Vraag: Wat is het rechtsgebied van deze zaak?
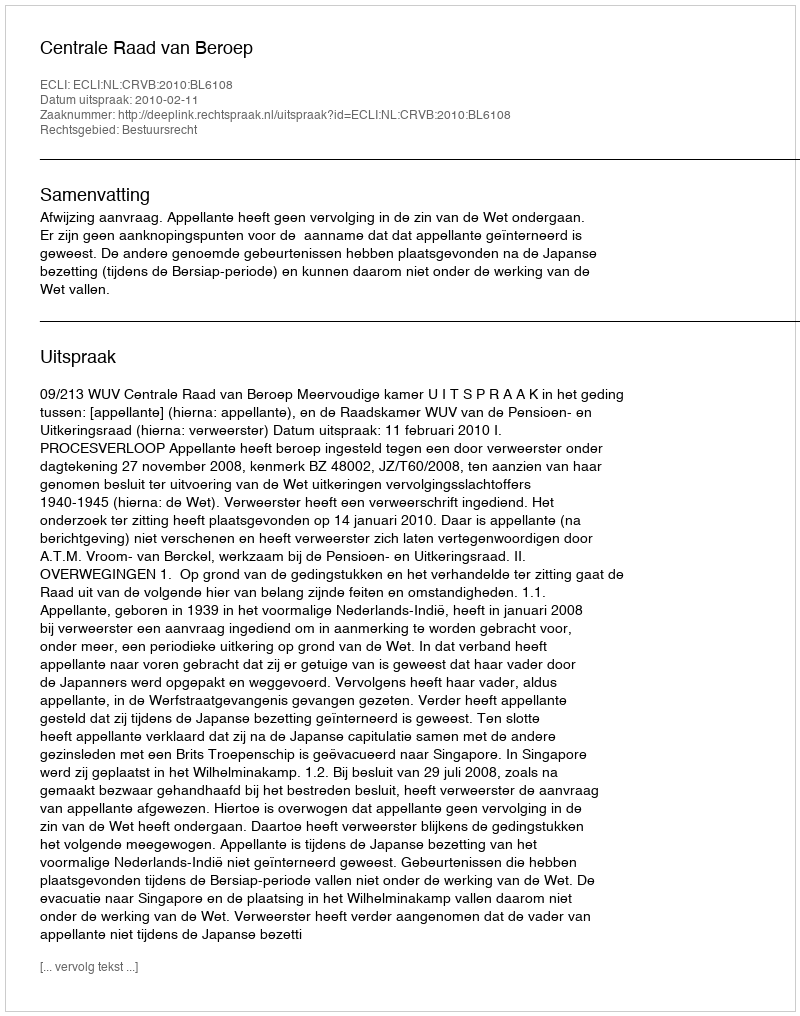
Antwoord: Bestuursrecht